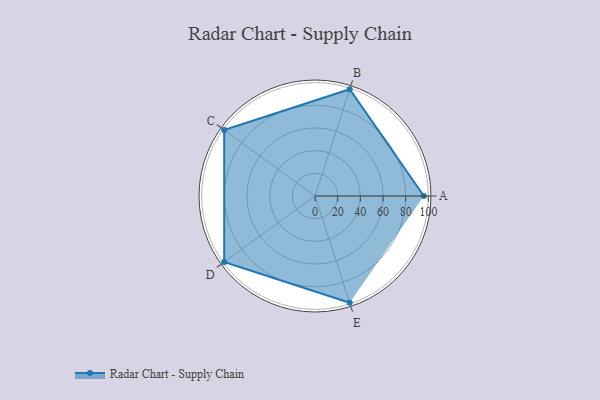
{"axis": {"x": "Skill", "y": "Score"}, "legend": ["Profile"], "data": [{"x": "A", "y": 96.0, "type": "Profile"}, {"x": "B", "y": 99, "type": "Profile"}, {"x": "C", "y": 99, "type": "Profile"}, {"x": "D", "y": 99, "type": "Profile"}, {"x": "E", "y": 99, "type": "Profile"}]}